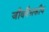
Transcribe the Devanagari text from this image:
जीववैद्यकीय